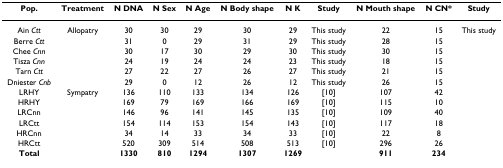
<table><thead><tr><td><b>Pop.</b></td><td><b>Treatment</b></td><td><b>N DNA</b></td><td><b>N Sex</b></td><td><b>N Age</b></td><td><b>N Body shape</b></td><td><b>N K</b></td><td><b>Study</b></td><td><b>N Mouth shape</b></td><td><b>N CN*</b></td><td><b>Study</b></td></tr></thead><tbody><tr><td>Ain <i>Ctt</i></td><td>Allopatry</td><td>30</td><td>30</td><td>29</td><td>30</td><td>29</td><td>This study</td><td>22</td><td>15</td><td>This study</td></tr><tr><td>Berre <i>Ctt</i></td><td></td><td>31</td><td>0</td><td>29</td><td>31</td><td>29</td><td>This study</td><td>28</td><td>15</td><td></td></tr><tr><td>Chee <i>Cnn</i></td><td></td><td>30</td><td>17</td><td>30</td><td>29</td><td>30</td><td>This study</td><td>30</td><td>15</td><td></td></tr><tr><td>Tisza <i>Cnn</i></td><td></td><td>24</td><td>19</td><td>24</td><td>24</td><td>23</td><td>This study</td><td>18</td><td>15</td><td></td></tr><tr><td>Tarn <i>Ctt</i></td><td></td><td>27</td><td>22</td><td>27</td><td>26</td><td>27</td><td>This study</td><td>21</td><td>15</td><td></td></tr><tr><td>Dniester <i>Cnb</i></td><td></td><td>29</td><td>0</td><td>12</td><td>26</td><td>12</td><td>This study</td><td>26</td><td>15</td><td></td></tr><tr><td>LRHY</td><td>Sympatry</td><td>136</td><td>110</td><td>133</td><td>134</td><td>126</td><td>[10]</td><td>107</td><td>42</td><td></td></tr><tr><td>HRHY</td><td></td><td>169</td><td>79</td><td>169</td><td>166</td><td>169</td><td>[10]</td><td>115</td><td>10</td><td></td></tr><tr><td>LRCnn</td><td></td><td>146</td><td>96</td><td>141</td><td>145</td><td>135</td><td>[10]</td><td>109</td><td>40</td><td></td></tr><tr><td>LRCtt</td><td></td><td>154</td><td>114</td><td>153</td><td>154</td><td>143</td><td>[10]</td><td>117</td><td>18</td><td></td></tr><tr><td>HRCnn</td><td></td><td>34</td><td>14</td><td>33</td><td>34</td><td>33</td><td>[10]</td><td>22</td><td>8</td><td></td></tr><tr><td>HRCtt</td><td></td><td>520</td><td>309</td><td>514</td><td>508</td><td>513</td><td>[10]</td><td>296</td><td>26</td><td></td></tr><tr><td><b>Total</b></td><td></td><td><b>1330</b></td><td><b>810</b></td><td><b>1294</b></td><td><b>1307</b></td><td><b>1269</b></td><td></td><td><b>911</b></td><td><b>234</b></td><td></td></tr></tbody></table>